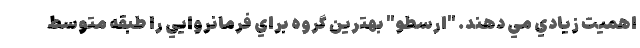
اهميت زيادي مي دهند. "ارسطو" بهترين گروه براي فرمانروايي را طبقه متوسط